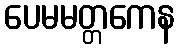
ပေမမတ္တကေန